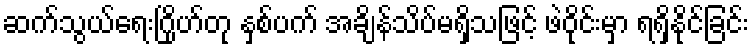
ဆက်သွယ်ရေးဂြိုဟ်တု နှစ်ပက် အချိန်သိပ်မရှိသဖြင့် ဖဲဝိုင်းမှာ ရရှိနိုင်ခြင်း